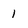
Character: I